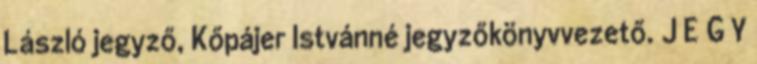
László jegyző, Kőpájer Istvánné jegyzőkönyvvezető. J E G Y